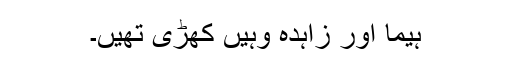
ہیما اور زاہدہ وہیں کھڑی تھیں۔